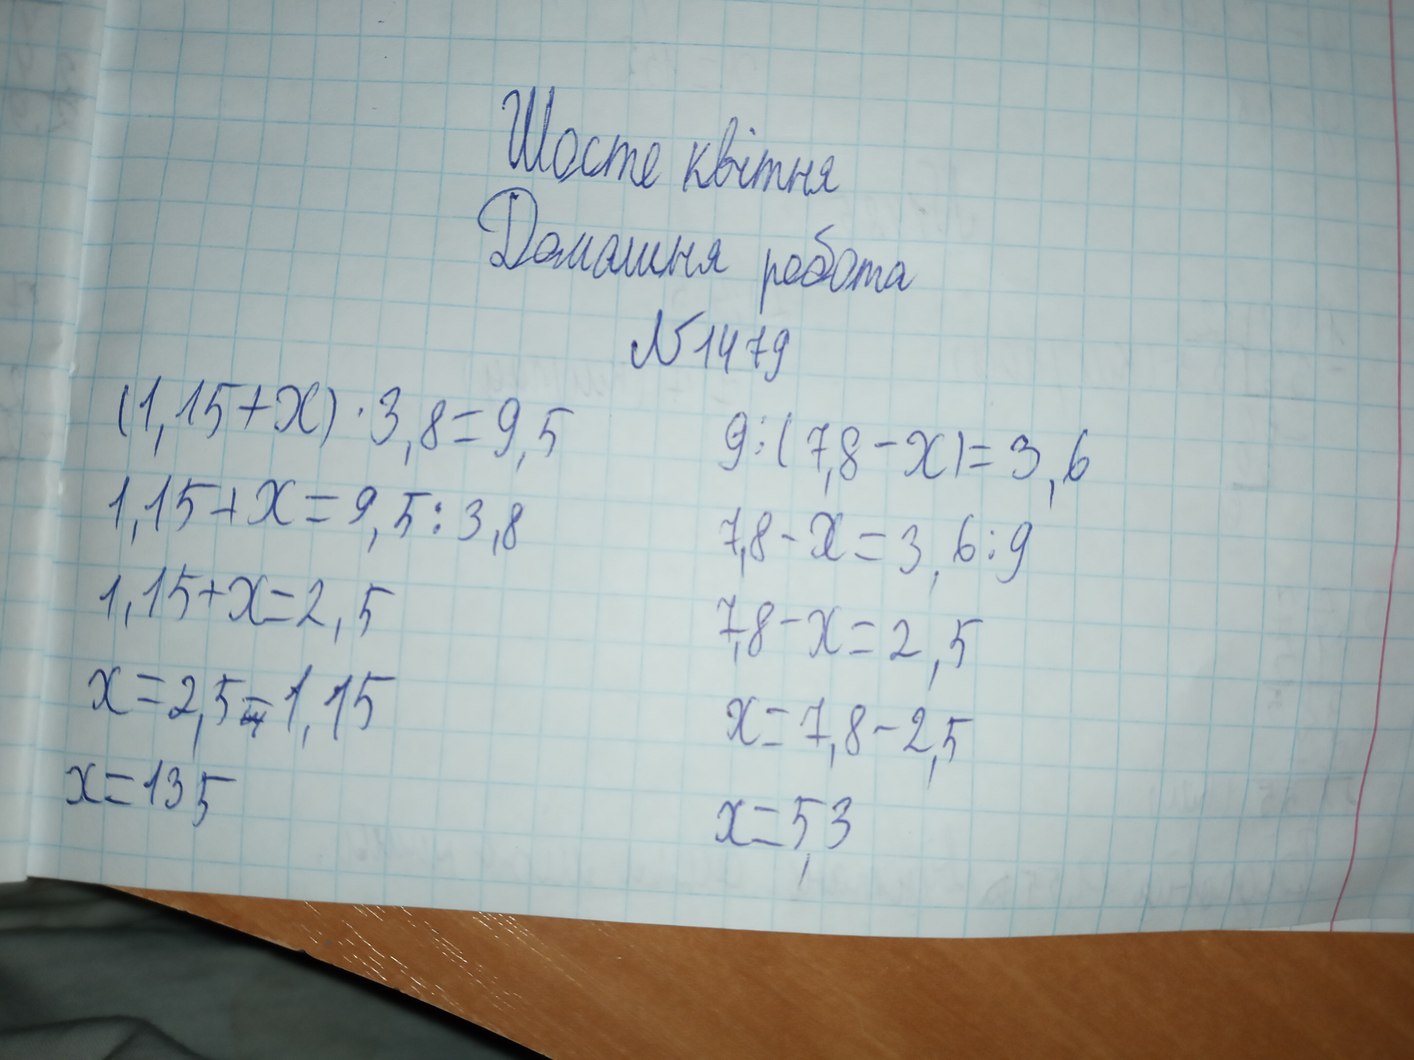
Шосте квітня
Домашня робота
№1479
(1,15+х) ⋅ 3,8 = 9,5
9:(7,8-х) = 3,6
1,15+х = 9,5:3,8
7,8-х = 3,6:9
1,15+х = 2,5
7,8-х = 2,5
х = 2,5- 1,15
х = 7,8-2,5
х = 135
х = 5,3